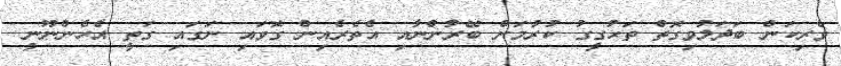
ވެރިކަން ބަދަލުވިގޮތް ތަޙުގީގު ކުރުމަށް ބޭރުންނާއި އެތެރެއިން ގޮވައި ނަގައި ގަތީ އެހެންނޫނީ